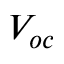
V _ { o c }